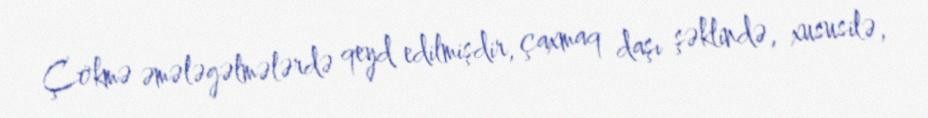
Çökmə əmələgəlmələrdə qeyd edilmişdir, çaxmaq daşı şəklində, xususilə,